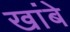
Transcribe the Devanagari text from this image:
खांबे